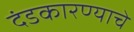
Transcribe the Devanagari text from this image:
दंडकारण्याचे